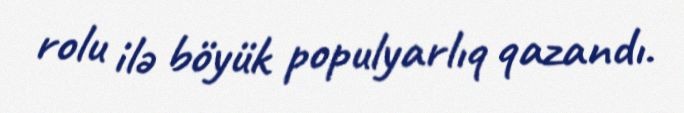
rolu ilə böyük populyarlıq qazandı.